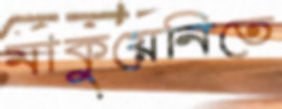
মাকুয়েনিতে